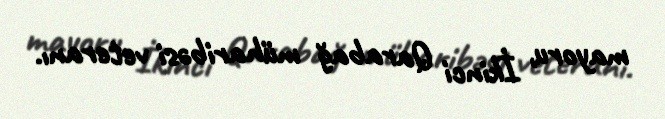
mayoru, İkinci Qarabağ müharibəsi veteranı.